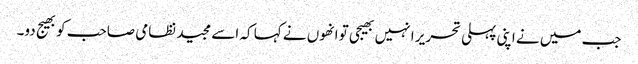
جب میں نے اپنی پہلی تحریر ا نہیں بھیجی تو انھوں نے کہا کہ اسے مجید نظامی صاحب کو بھیج دو۔